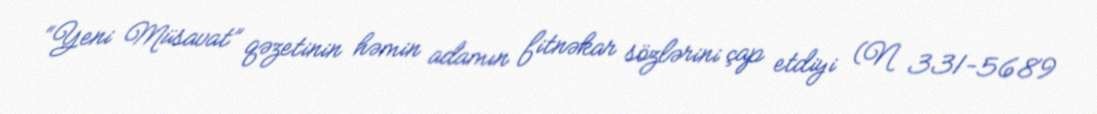
“Yeni Müsavat” qəzetinin həmin adamın fitnəkar sözlərini çap etdiyi (N 331-5689